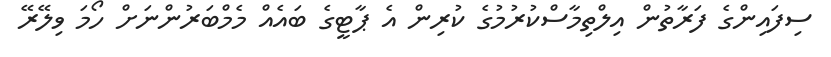
ސިފައިންގެ ފަރާތުން އިލްތިމާސްކުރުމުގެ ކުރިން އެ ޕާޓީގެ ބައެއް މެމްބަރުންނަށް ހޯމަ ވިލޭރޭ